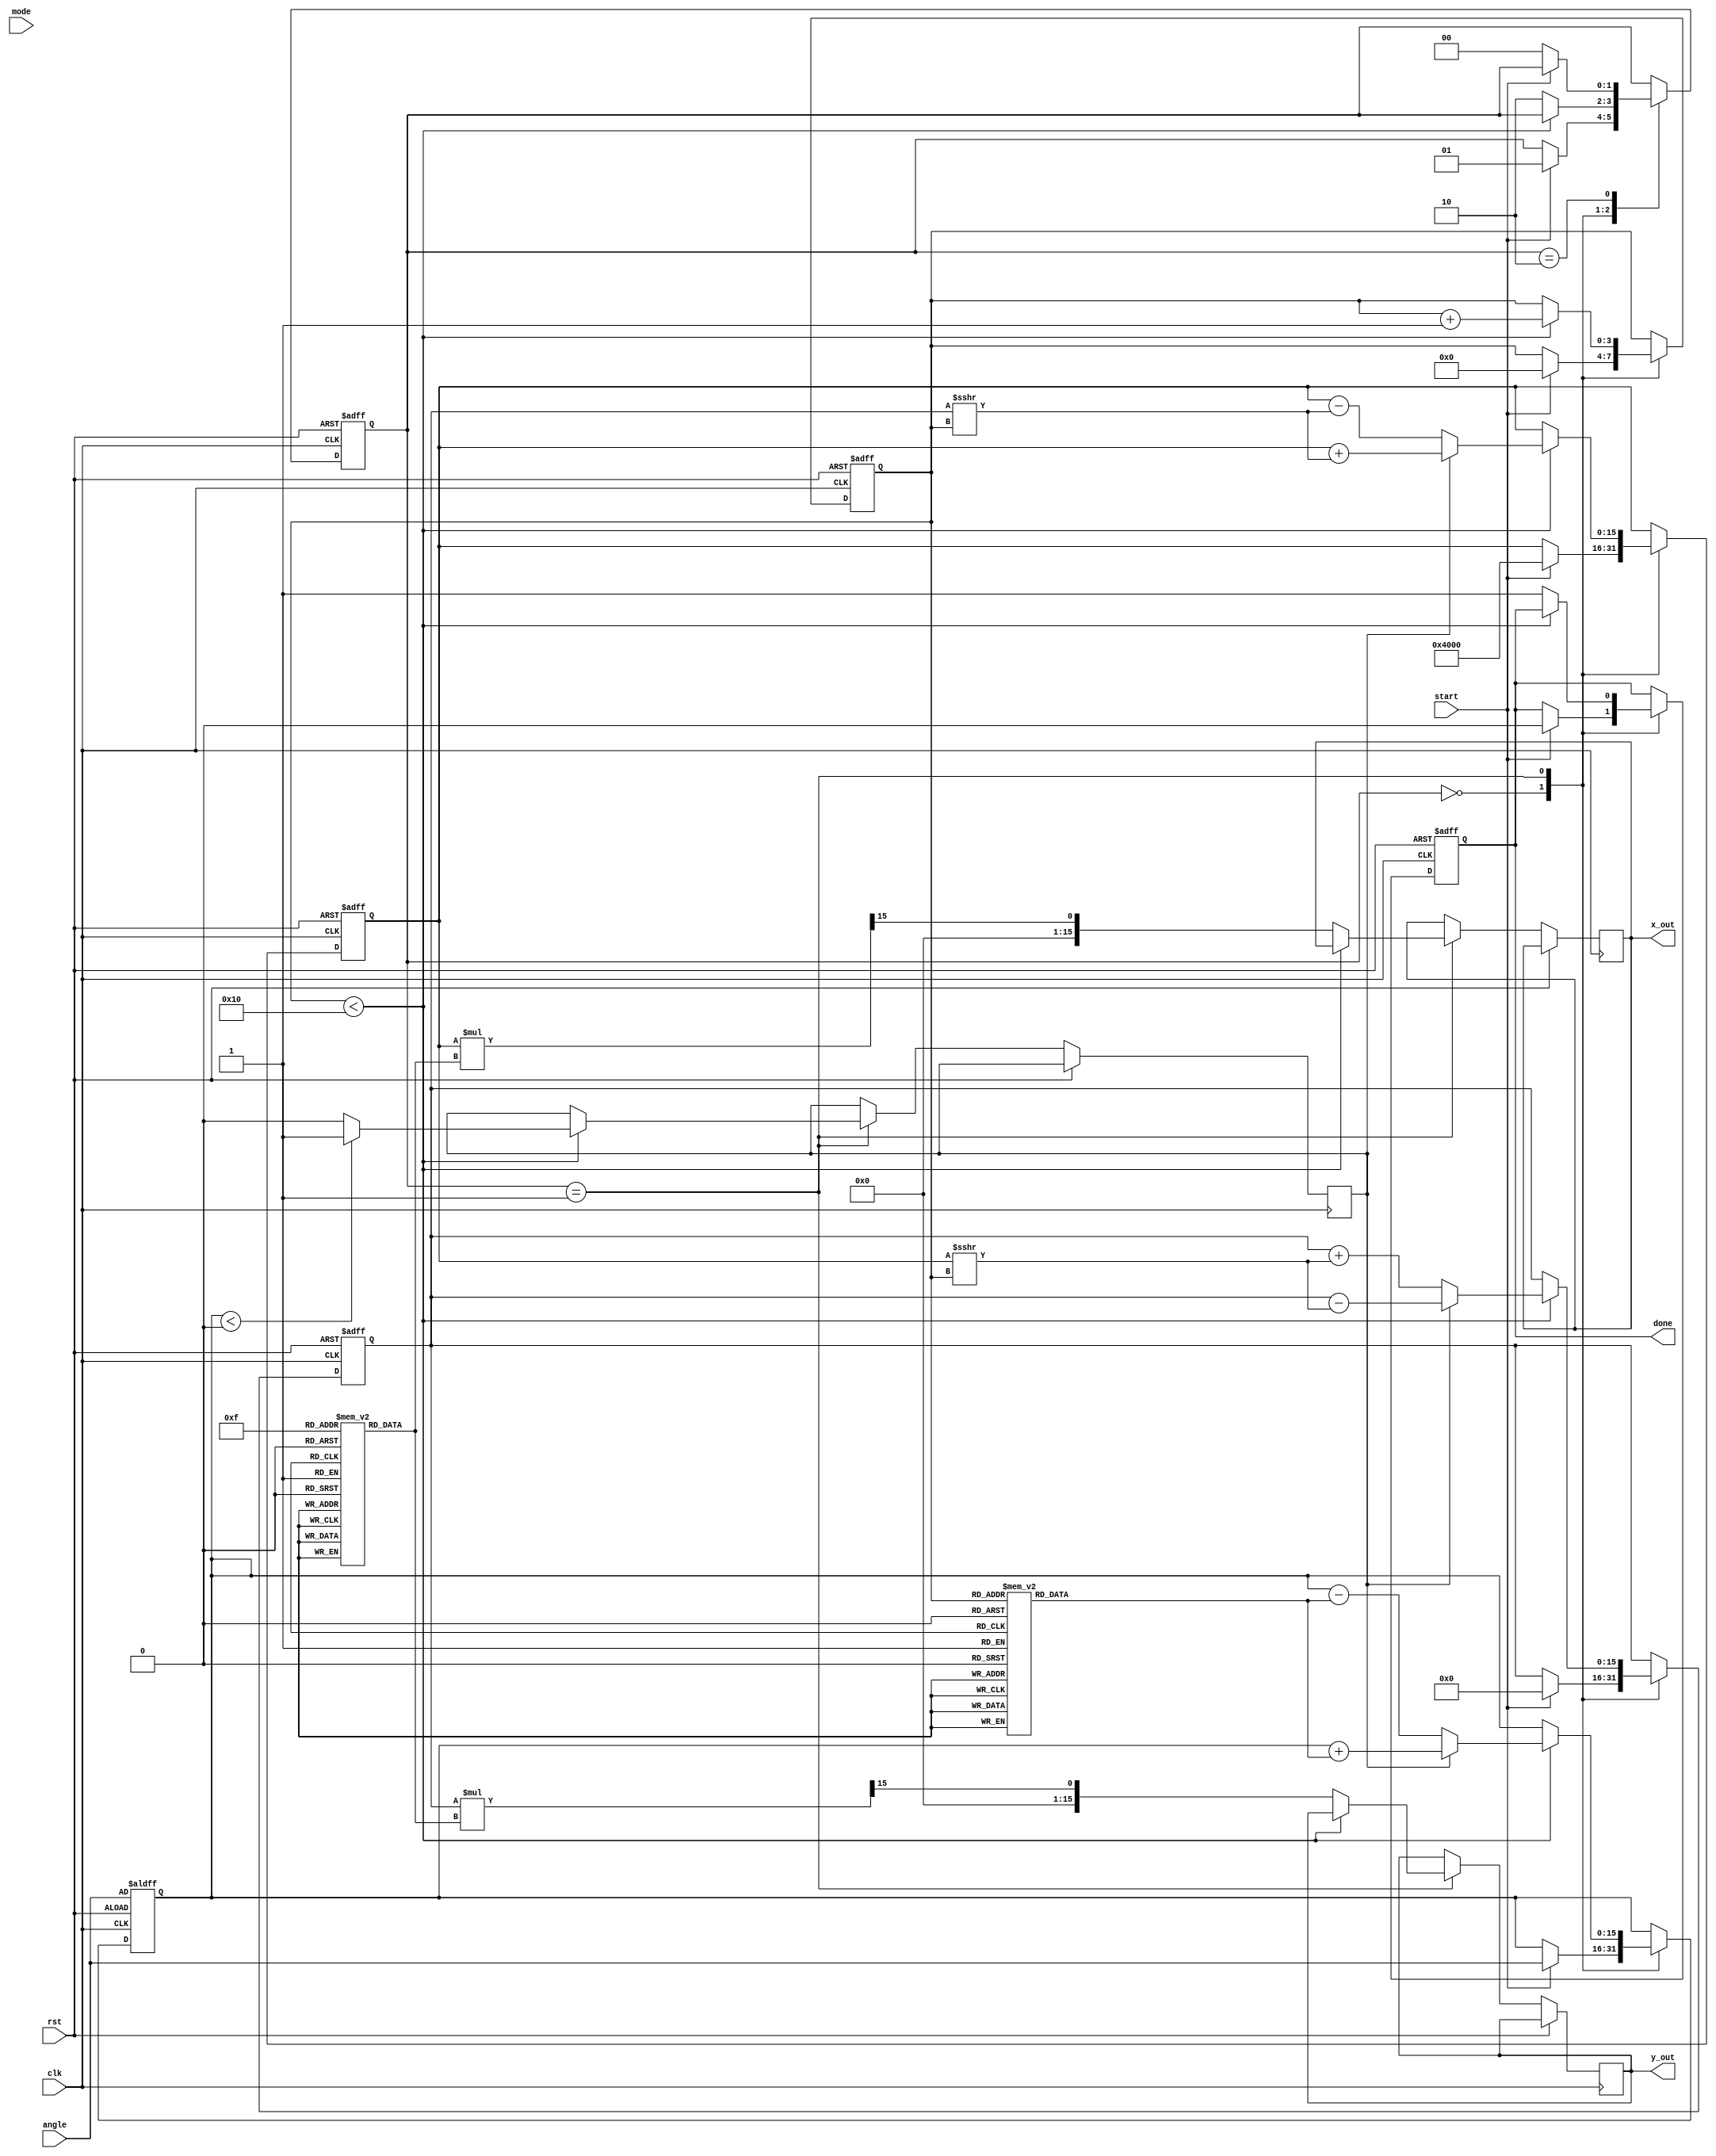
module cordic (
    input wire clk,
    input wire rst,
    input wire start,
    input wire [15:0] angle, // Input angle in fixed-point format
    input wire mode, // 0 for rotation, 1 for vectoring
    output reg [15:0] x_out, // Output x (cosine)
    output reg [15:0] y_out, // Output y (sine)
    output reg done // Indicates completion
);

    // Parameters
    parameter NUM_ITERATIONS = 16;
    parameter FIXED_POINT_SCALE = 16'h4000; // Scaling factor for fixed-point

    // Lookup tables for angles and gains
    reg [15:0] angle_lut [0:NUM_ITERATIONS-1];
    reg [15:0] gain_lut [0:NUM_ITERATIONS-1];

    // Registers for CORDIC computation
    reg [15:0] x, y, z;
    reg [3:0] iteration;
    reg [1:0] state; // FSM state
    reg d; // Direction

    // State encoding
    localparam IDLE = 2'b00;
    localparam COMPUTE = 2'b01;
    localparam DONE = 2'b10;

    // Initialize LUTs
    initial begin
        // Angle LUT: atan(2^-i) in fixed-point format
        angle_lut[0] = 16'h2000; // atan(1)
        angle_lut[1] = 16'h1666; // atan(0.5)
        angle_lut[2] = 16'h0D89; // atan(0.25)
        angle_lut[3] = 16'h05A8; // atan(0.125)
        angle_lut[4] = 16'h0282; // atan(0.0625)
        angle_lut[5] = 16'h0141; // atan(0.03125)
        angle_lut[6] = 16'h00A0; // atan(0.015625)
        angle_lut[7] = 16'h0050; // atan(0.0078125)
        angle_lut[8] = 16'h0028; // atan(0.00390625)
        angle_lut[9] = 16'h0014; // atan(0.001953125)
        angle_lut[10] = 16'h000A; // atan(0.0009765625)
        angle_lut[11] = 16'h0005; // atan(0.00048828125)
        angle_lut[12] = 16'h0002; // atan(0.000244140625)
        angle_lut[13] = 16'h0001; // atan(0.0001220703125)
        angle_lut[14] = 16'h0001; // atan(0.00006103515625)
        angle_lut[15] = 16'h0000; // atan(0.000030517578125)

        // Gain LUT: Gain factors for each iteration
        gain_lut[0] = 16'h26B2; // 1/sqrt(1 + 1^2)
        gain_lut[1] = 16'h1C71; // 1/sqrt(1 + 0.5^2)
        gain_lut[2] = 16'h1735; // 1/sqrt(1 + 0.25^2)
        gain_lut[3] = 16'h10D9; // 1/sqrt(1 + 0.125^2)
        gain_lut[4] = 16'h0A3D; // 1/sqrt(1 + 0.0625^2)
        gain_lut[5] = 16'h0524; // 1/sqrt(1 + 0.03125^2)
        gain_lut[6] = 16'h028C; // 1/sqrt(1 + 0.015625^2)
        gain_lut[7] = 16'h0146; // 1/sqrt(1 + 0.0078125^2)
        gain_lut[8] = 16'h00A3; // 1/sqrt(1 + 0.00390625^2)
        gain_lut[9] = 16'h0051; // 1/sqrt(1 + 0.001953125^2)
        gain_lut[10] = 16'h0028; // 1/sqrt(1 + 0.0009765625^2)
        gain_lut[11] = 16'h0014; // 1/sqrt(1 + 0.00048828125^2)
        gain_lut[12] = 16'h000A; // 1/sqrt(1 + 0.000244140625^2)
        gain_lut[13] = 16'h0005; // 1/sqrt(1 + 0.0001220703125^2)
        gain_lut[14] = 16'h0002; // 1/sqrt(1 + 0.00006103515625^2)
        gain_lut[15] = 16'h0001; // 1/sqrt(1 + 0.000030517578125^2)
    end

    // FSM for CORDIC operation
    always @(posedge clk or posedge rst) begin
        if (rst) begin
            state <= IDLE;
            iteration <= 0;
            x <= FIXED_POINT_SCALE; // Initial x = 1.0
            y <= 0; // Initial y = 0.0
            z <= angle; // Load input angle
            done <= 0;
        end else begin
            case (state)
                IDLE: begin
                    if (start) begin
                        iteration <= 0;
                        x <= FIXED_POINT_SCALE; // Initial x = 1.0
                        y <= 0; // Initial y = 0.0
                        z <= angle; // Load input angle
                        done <= 0;
                        state <= COMPUTE;
                    end
                end

                COMPUTE: begin
                    if (iteration < NUM_ITERATIONS) begin
                        d <= (z < 0) ? 1'b1 : 1'b0; // Determine direction
                        // Update x, y, z based on CORDIC equations
                        if (d) begin
                            x <= x + (y >>> iteration);
                            y <= y - (x >>> iteration);
                            z <= z + angle_lut[iteration];
                        end else begin
                            x <= x - (y >>> iteration);
                            y <= y + (x >>> iteration);
                            z <= z - angle_lut[iteration];
                        end
                        iteration <= iteration + 1;
                    end else begin
                        // Apply gain correction
                        x_out <= (x * gain_lut[NUM_ITERATIONS-1]) >>> 15; // Scale down
                        y_out <= (y * gain_lut[NUM_ITERATIONS-1]) >>> 15; // Scale down
                        done <= 1;
                        state <= DONE;
                    end
                end

                DONE: begin
                    if (!start) begin
                        state <= IDLE; // Reset state
                    end
                end
            endcase
        end
    end
endmodule